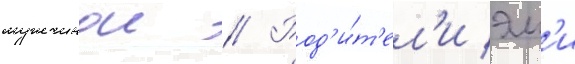
мужчинои // Род'и́т'ел'и эм'и